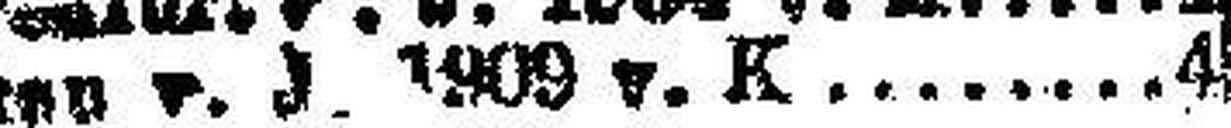
Krakro v. J. 1909 v. K 4